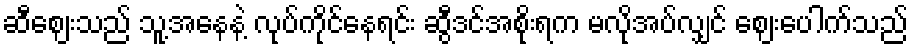
ဆီဈေးသည် သူ့အနေနဲ့ လုပ်ကိုင်နေရင်း ဆွီဒင်အစိုးရက မလိုအပ်လျှင် ဈေးပေါက်သည်